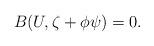
LaTeX: \begin{align*}B(U,\zeta +\phi \psi )=0. \end{align*}